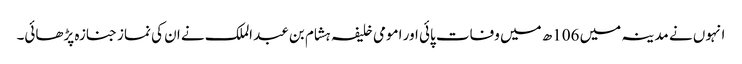
انہوں نے مدینہ میں 106ھ میں وفات پائی اور امومی خلیفہ ہشام بن عبد الملک نے ان کی نماز جنازہ پڑھائی۔